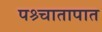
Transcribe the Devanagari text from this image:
पश्र्चातापात